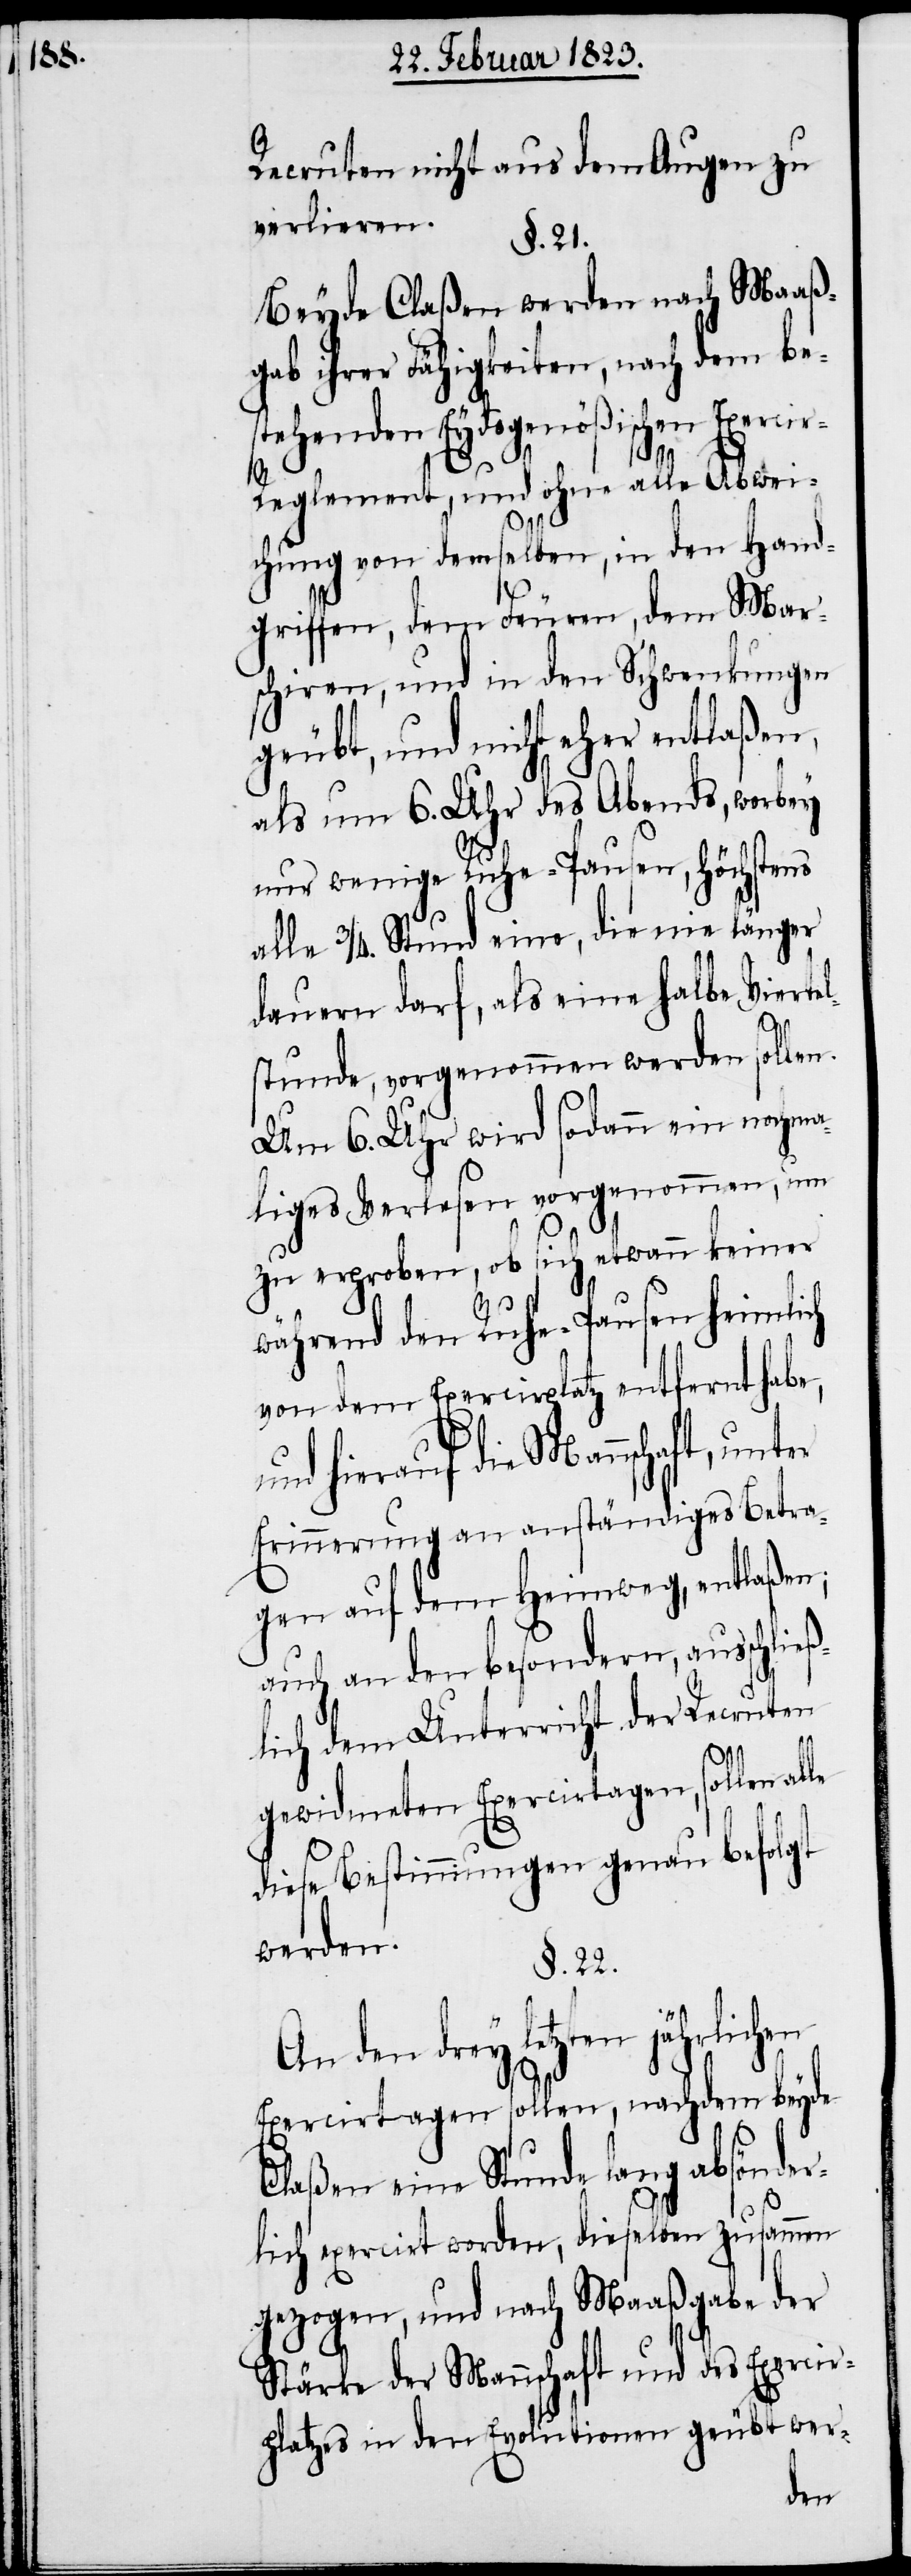
Recruten nicht aus dem Augen
verlieren.
§. 21.
Beyde Claßen werden nach Maaß¬
gab ihrer Fähigkeiten, nach dem be¬
stehenden Eydsgenößischen Exerci¬
le
r-Reglement, und ohne alle Abwei¬
chung von demselben, in den Hand¬
griffen, dem Feuren, dem Mar¬
schiren, und in den Schwenkungen
geübt, und nicht eher entlaßen,
als um 6. Uhr des Abends, worbey
nur wenige Ruhe-Pausen, Höchstens
alle 3/4. Stund eine, die nie länger
dauern darf, als eine halbe Viertel¬
stunde, vorgenommen werden sollen.
Um 6. Uhr wird sodann ein nochma¬
liges Verlesen vorgenommen, um
zu erproben, ob sich etwann keiner
während den Ruhe-Pausen heimlich
von dem Exercirplatz entfernt habe,
die Mannschaft, unter
Erinnerung an anständiges Betra¬
gen auf dem Heimweg, entlaßen;
auch an den besondern, ausschließ¬
lich dem Unterricht der Recruten
gewidmeten Exercirtagen, sollen al¬
diese Bestimmungen genau befolgt
werden.
§. 22.
den drey letzten jährlichen
Exercirtagen sollen, nachdem beyde
Claßen eine Stunde lang absönder¬
lich exercirt worden, dieselben zusammen
gezogen, und nach Maaßgabe der
Stärke der Mannschaft und des Exercir¬
platzes in den Evolutionen geübt wer-